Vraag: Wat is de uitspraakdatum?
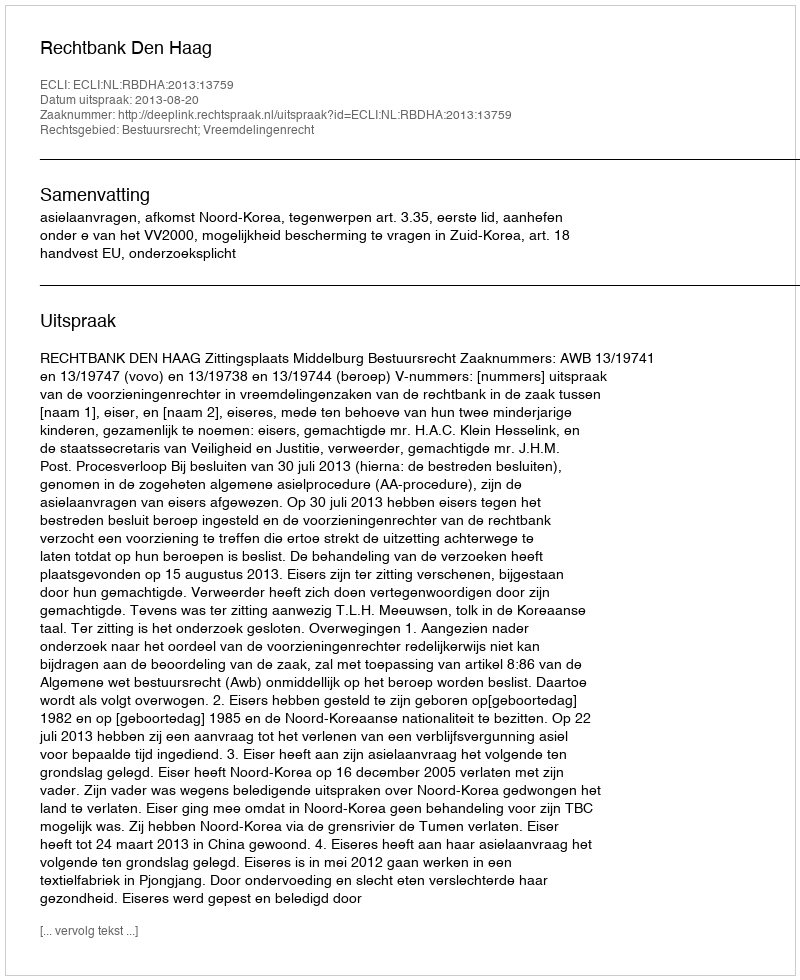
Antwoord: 2013-08-20